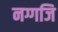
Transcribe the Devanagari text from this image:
नग्गजि